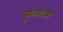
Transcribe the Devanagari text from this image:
मूळध्वनी